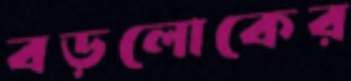
বড়লোকের